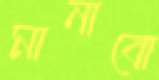
মানাবো